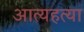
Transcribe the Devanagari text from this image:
आत्यहत्या